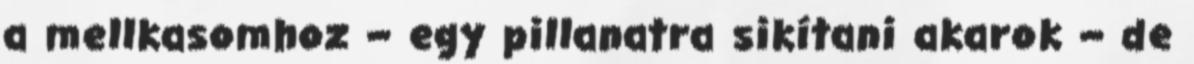
a mellkasomhoz – egy pillanatra sikítani akarok – de